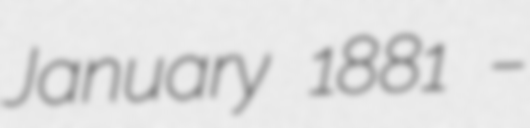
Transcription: January 1881 –